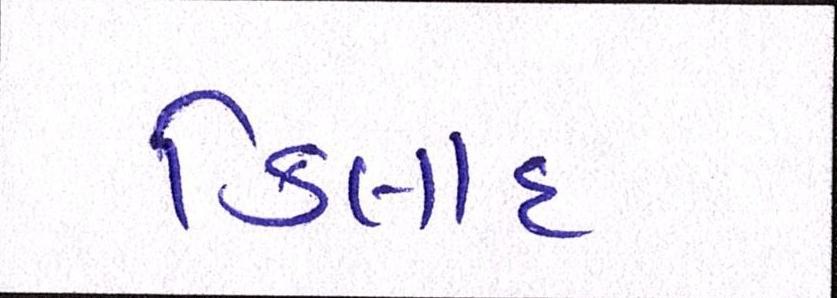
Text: કિલાદ